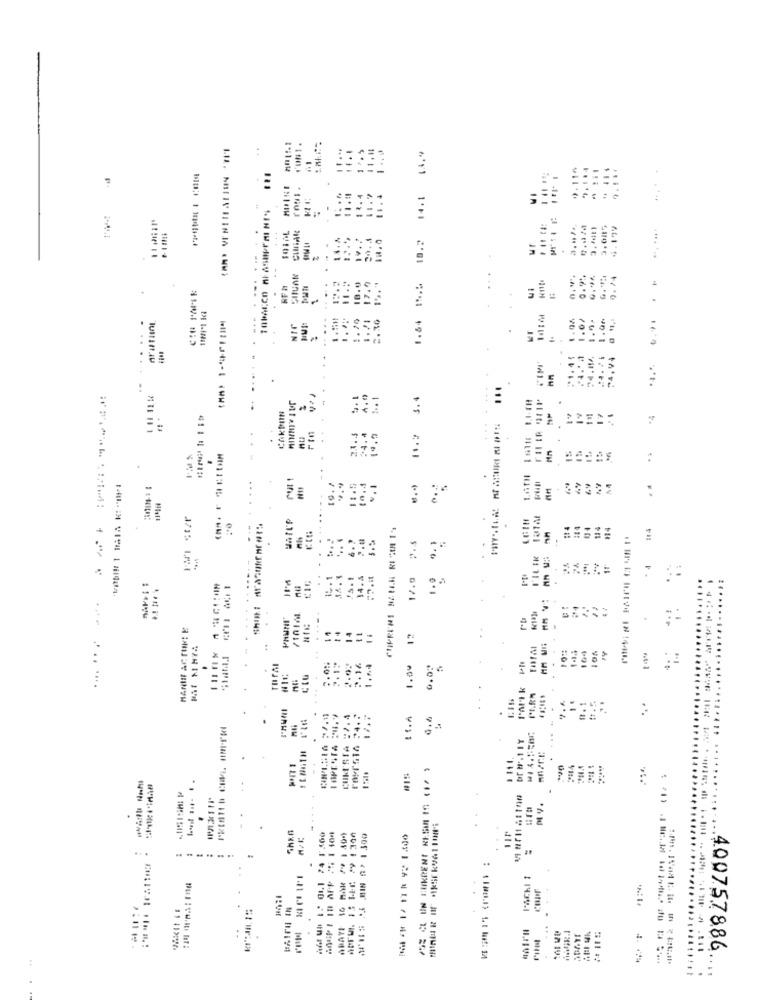
..
=
9.1
14.1
:
6'11
18.2
RF A
18.9
:
4'41
1.70
2.30
1.6+
JIN
-
....
#1. 45
....
..
3.4
1.%
PE:
4.1
-
=
67
/*61
.
+14
..
34.4
17.0
1.9
......
#1 11.4
. ..
HANIIE AC FINE E
14
.
11
6.0.
.
COM'STA "7.4
M LIVJ
INRH.I
#3
MV.
. .
A Wh :. 01.1 74 1500
# 185:1511 **
.. .
..
1 1434-1
.4.00757886